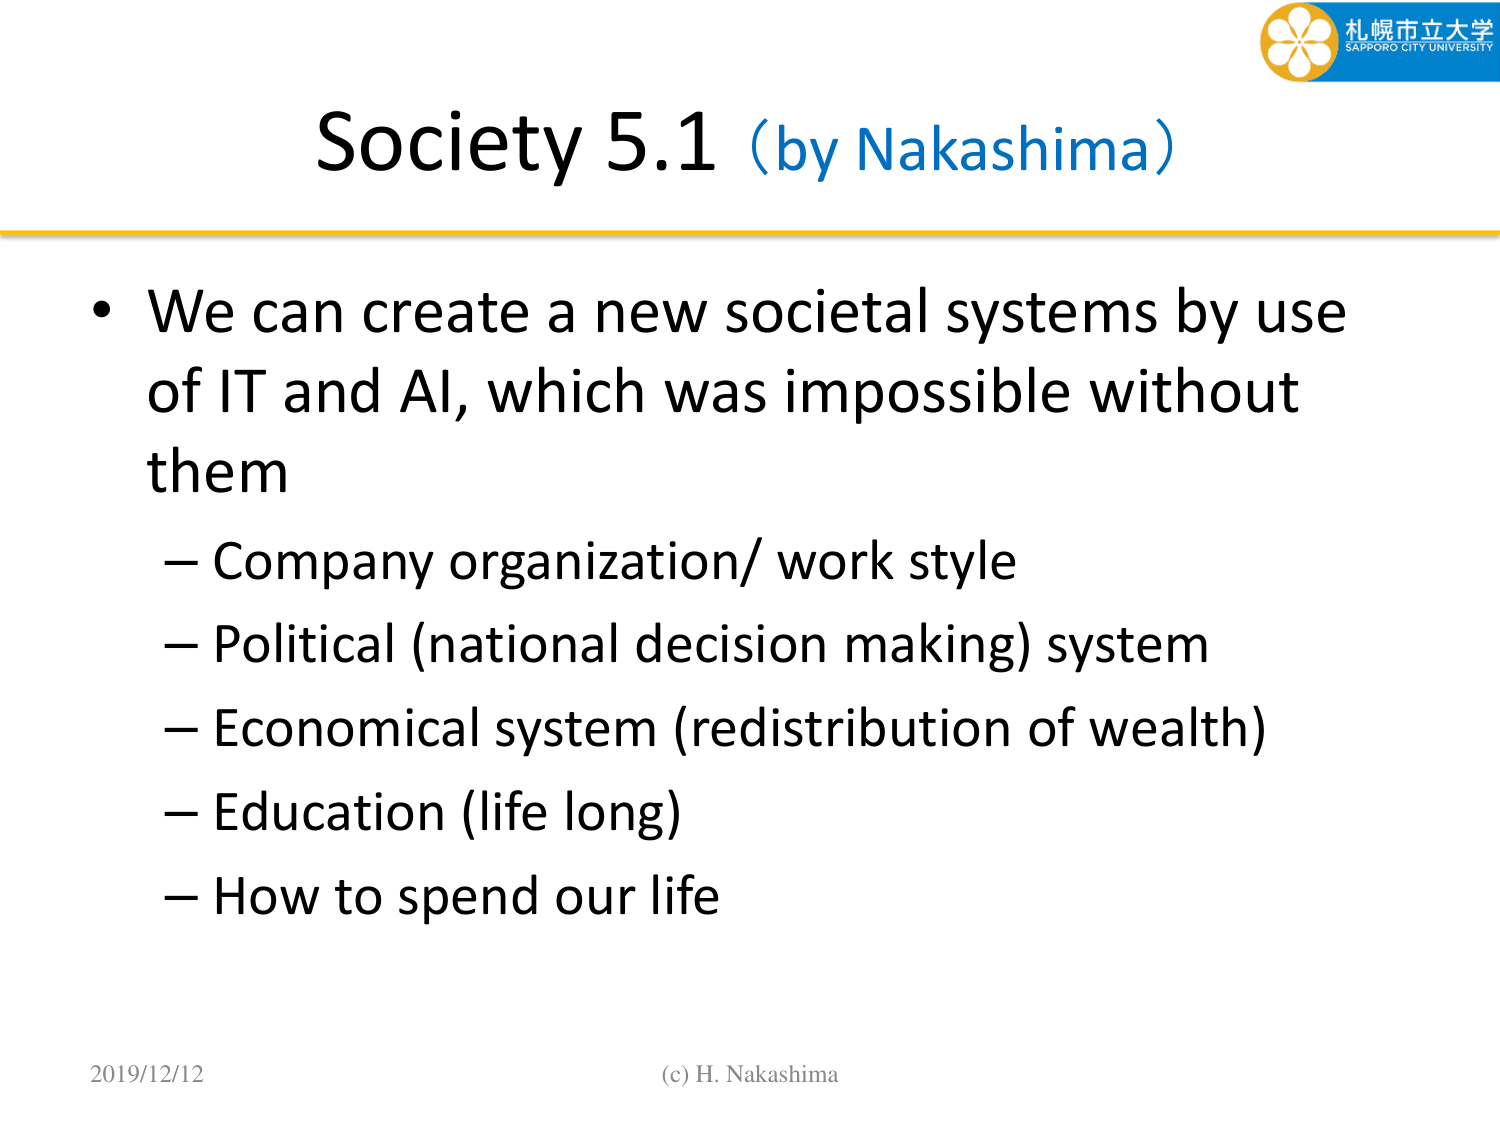
Society 5.1 (by Nakashima)

• We can create a new societal systems by use of IT and AI, which was impossible without them
– Company organization/ work style
– Political (national decision making) system
– Economical system (redistribution of wealth)
– Education (life long)
– How to spend our life

2019/12/12
(c) H. Nakashima

札幌市立大学
SAPPORO CITY UNIVERSITY